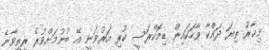
މިހާރު ތިޔަ ދައްކާ ވާހަކައިން ޑިމޮކްރަސީ ކުރި އަރުވަނީ އޭ ބުނުމަށްވުރެ ރީތިވާނެ